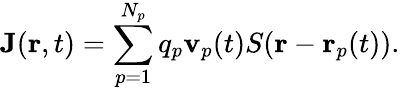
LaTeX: \mathbf{J}(\mathbf{r},t)=\sum_{p=1}^{N_{p}}q_{p}\mathbf{v}_{p}(t)S(\mathbf{r}-\mathbf{r}_{p}(t)).